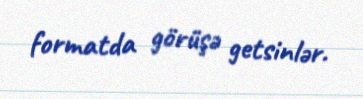
formatda görüşə getsinlər.